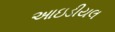
આઇડીયલ